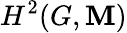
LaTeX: H^{2}(G,\mathbf{M})